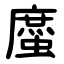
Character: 䗪